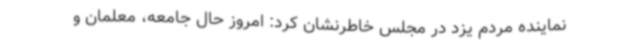
نماینده مردم یزد در مجلس خاطرنشان کرد: امروز حال جامعه، معلمان و